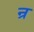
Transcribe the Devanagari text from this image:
न्र